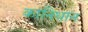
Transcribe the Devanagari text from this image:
कानिधान